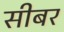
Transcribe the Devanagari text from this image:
सीबर